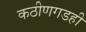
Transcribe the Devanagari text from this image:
कठीणगडही